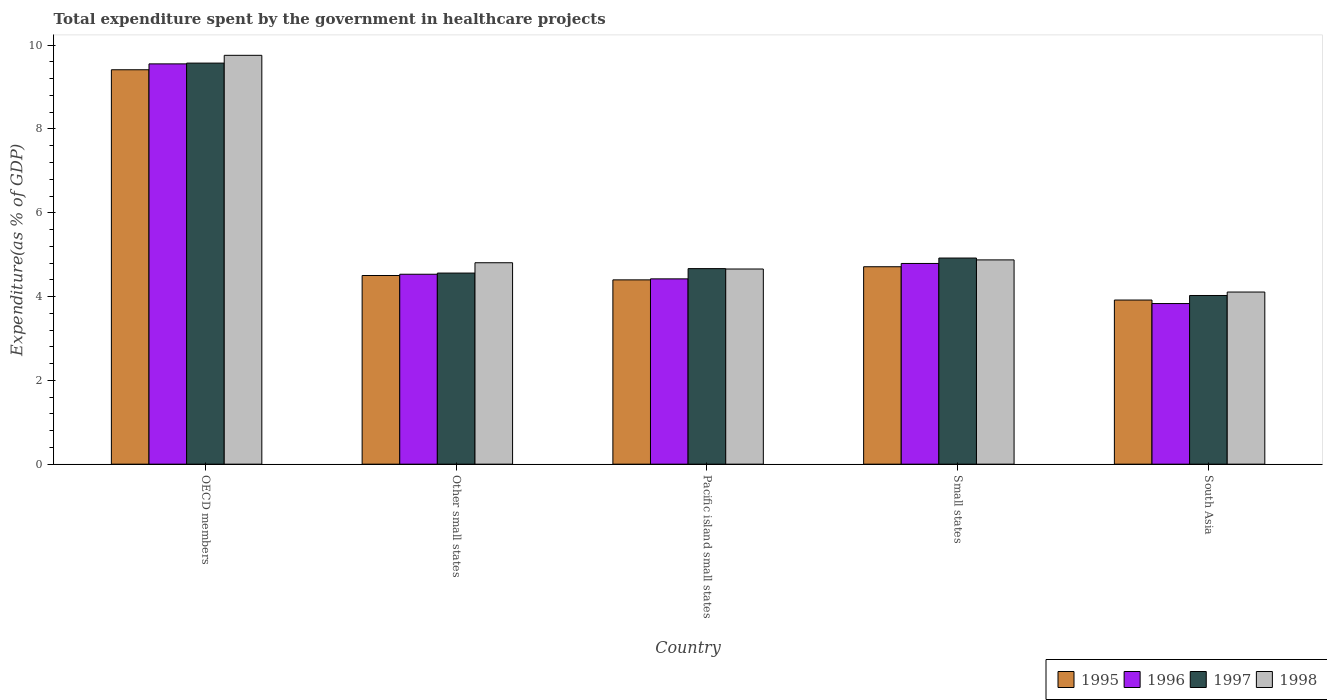
| Country | 1995 | 1996 | 1997 | 1998 |
 | --- | --- | --- | --- | --- |
 | OECD members | 9.41 | 9.55 | 9.57 | 9.76 |
 | Other small states | 4.5 | 4.53 | 4.56 | 4.81 |
 | Pacific island small states | 4.4 | 4.42 | 4.67 | 4.66 |
 | Small states | 4.71 | 4.79 | 4.92 | 4.88 |
 | South Asia | 3.92 | 3.83 | 4.03 | 4.11 |